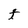
Character: t